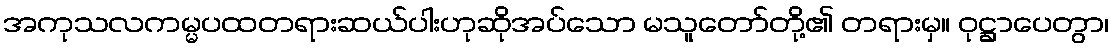
အကုသလကမ္မပထတရားဆယ်ပါးဟုဆိုအပ်သော မသူတော်တို့၏ တရားမှ။ ဝုဋ္ဌာပေတွာ၊